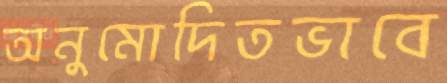
অনুমোদিতভাবে